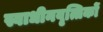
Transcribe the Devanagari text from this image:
स्वाधीनवृत्तिकों